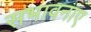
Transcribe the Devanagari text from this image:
सभावनाए